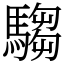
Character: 騶